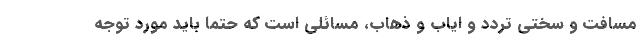
مسافت و سختی تردد و ایاب و ذهاب، مسائلی است که حتما باید مورد توجه